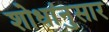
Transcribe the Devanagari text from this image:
शोधांनुसार